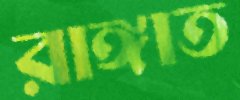
রাঙ্গাত